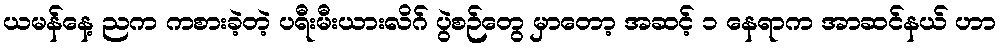
ယမန်နေ့ ညက ကစားခဲ့တဲ့ ပရီးမီးယားလိဂ် ပွဲစဉ်တွေ မှာတော့ အဆင့် ၁ နေရာက အာဆင်နယ် ဟာ